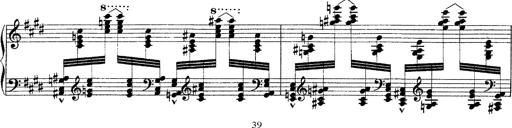
Title: Ã‰tudes d'exÃ©cution transcendante d'aprÃ¨s Paganini
Composer: Franz Liszt